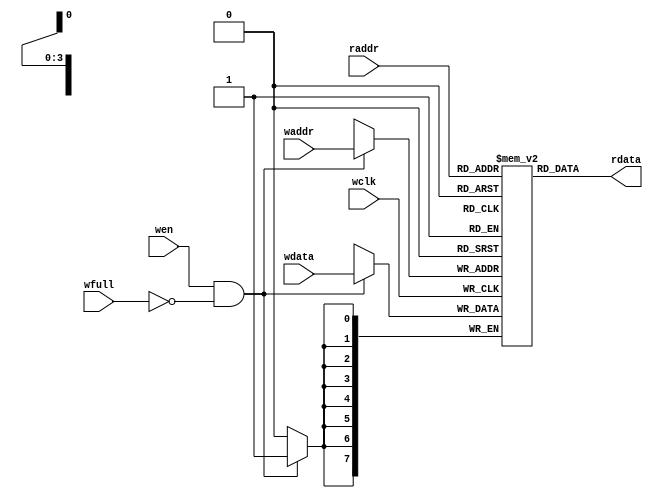
module FIFO_MEM #(parameter DSIZE = 8, parameter ASIZE = 4)
(
//input signals for write
input                  wclk,            //write clock
input                  wen,             //write enable
input  [ASIZE-1:0]     waddr,           //write address
input  [DSIZE-1:0]     wdata,           //write data
input                  wfull,           //write full

//input signals for read
input  [ASIZE-1:0]     raddr,           //read address
//output signals for read
output [DSIZE-1:0]     rdata            //read data
);

localparam DEPTH = 1<<ASIZE;            //fifo depth
reg [DSIZE-1:0] MEM [0:DEPTH-1];

assign rdata = MEM[raddr];

always @(posedge wclk)                  //write to fifo if write enable and fifo not full
	if((wen == 1'b1) && (wfull == 1'b0)) 
		MEM[waddr] <= wdata;
    else
		;
endmodule